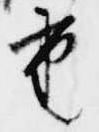
重